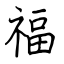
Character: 福